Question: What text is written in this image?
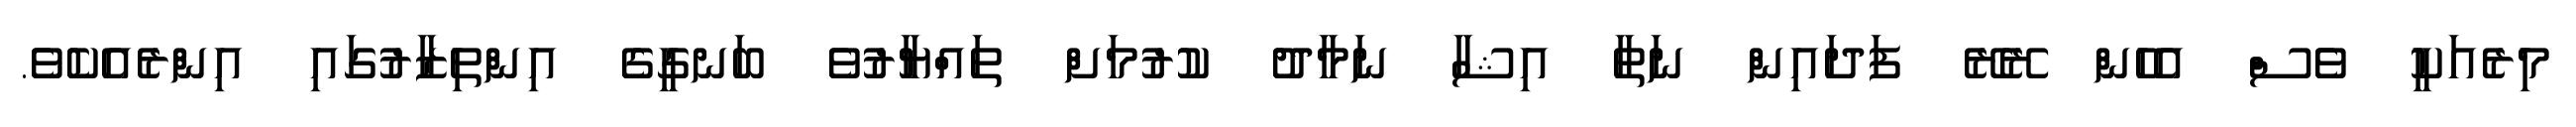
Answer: މިރެއަކީ ވެސް އެހެން ރޭރޭ ފަދައިން ނަތާ އިޝާ ނަމާދު ކުރުމަށް ތައްޔާރުވެ ބަނގީގެ އިންތިޒާރުގައި އިންރެއެކެވެ.